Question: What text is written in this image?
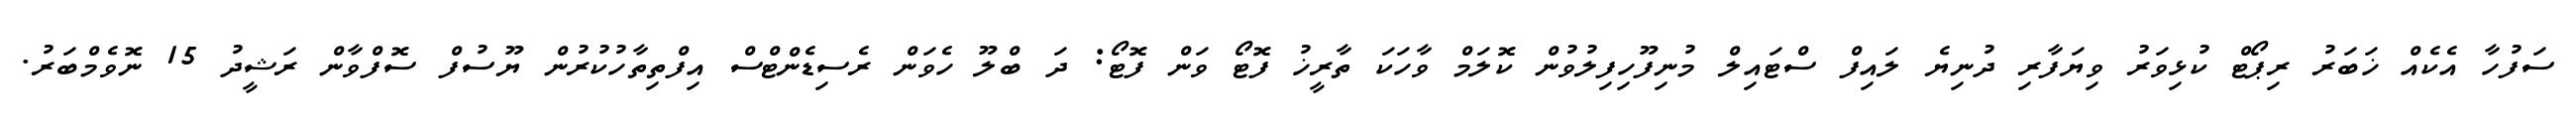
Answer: ސަފުހާ އެކެއް ޚަބަރު ރިޕޯޓް ކުޅިވަރު ވިޔަފާރި ދުނިޔެ ލައިފް ސްޓައިލް މުނިފޫހިފިލުވުން ކޮލަމް ވާހަކަ ތާރީޚު ފޮޓޯ ވަން ފޮޓޯ: ދަ ބްލޫ ހެވަން ރެސިޑެންޓްސް އިފްތިތާހުކުރުން ޔޫސުފް ސޮފްވާން ރަޝީދު 15 ނޮވެމްބަރު.